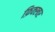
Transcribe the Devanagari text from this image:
फ़िक्स्चर